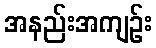
အနည်းအကျဉ်း